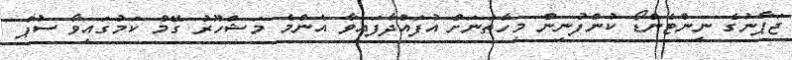
ޖަޕާނުގެ ނިންޓެންޑޯ ކުންފުނިން މިހާތަނަށް އުފައްދާފައިވާ އެންމެ މަޝްހޫރު ގޭމް ކަމުގައިވާ ސުޕާ